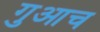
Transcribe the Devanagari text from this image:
गुआच